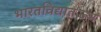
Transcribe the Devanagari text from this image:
भारतविद्यातज्ज्ञ